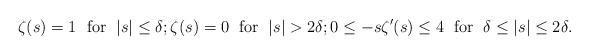
LaTeX: \begin{align*}\zeta(s)=1\;\hbox{ for }\; |s|\leq\delta;\zeta(s)=0\;\hbox{ for }\; |s|>2\delta;0\leq -s\zeta'(s)\leq 4\;\hbox{ for }\;\delta\leq |s|\leq 2\delta.\end{align*}